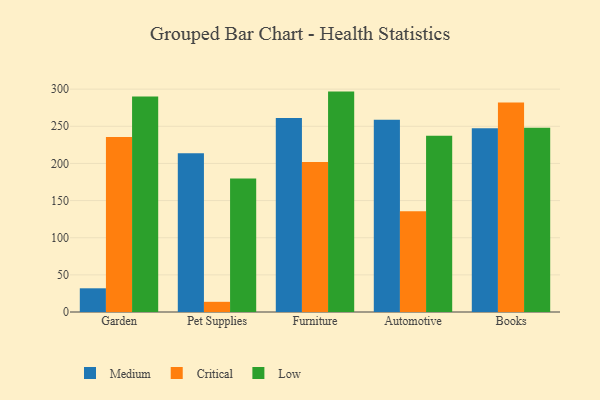
{"axis": {"x": "Category", "y": "Headcount"}, "legend": ["Critical", "Low", "Medium"], "data": [{"x": "Garden", "y": 31.9, "type": "Medium"}, {"x": "Garden", "y": 235.6, "type": "Critical"}, {"x": "Garden", "y": 290.1, "type": "Low"}, {"x": "Pet Supplies", "y": 213.6, "type": "Medium"}, {"x": "Pet Supplies", "y": 13.7, "type": "Critical"}, {"x": "Pet Supplies", "y": 179.7, "type": "Low"}, {"x": "Furniture", "y": 261.3, "type": "Medium"}, {"x": "Furniture", "y": 201.8, "type": "Critical"}, {"x": "Furniture", "y": 296.7, "type": "Low"}, {"x": "Automotive", "y": 258.9, "type": "Medium"}, {"x": "Automotive", "y": 135.7, "type": "Critical"}, {"x": "Automotive", "y": 237.2, "type": "Low"}, {"x": "Books", "y": 247.5, "type": "Medium"}, {"x": "Books", "y": 282.0, "type": "Critical"}, {"x": "Books", "y": 248.0, "type": "Low"}]}